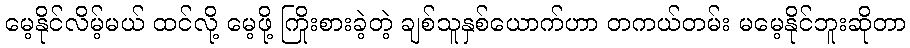
မေ့နိုင်လိမ့်မယ် ထင်လို့ မေ့ဖို့ ကြိုးစားခဲ့တဲ့ ချစ်သူနှစ်ယောက်ဟာ တကယ်တမ်း မမေ့နိုင်ဘူးဆိုတာ